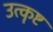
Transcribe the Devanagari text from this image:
उत्कॄष्ट